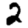
Digit: 2